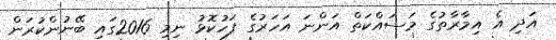
އަދި އެ އިމާރާތުގެ މަސައްކަތް އަންނަ އަހަރުގެ ފަހުކޮޅު ނިމި 2016ގައި ބޭނުންކުރަން